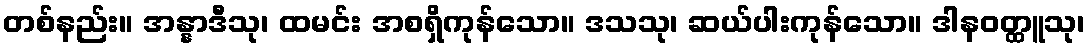
တစ်နည်း။ အန္နာဒီသု၊ ထမင်း အစရှိကုန်သော။ ဒသသု၊ ဆယ်ပါးကုန်သော။ ဒါနဝတ္ထူသု၊